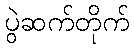
ပွဲဆက်တိုက်